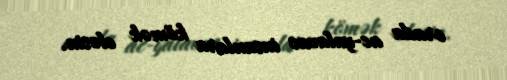
orada ac-yalavac insanlara kömək eləsin.